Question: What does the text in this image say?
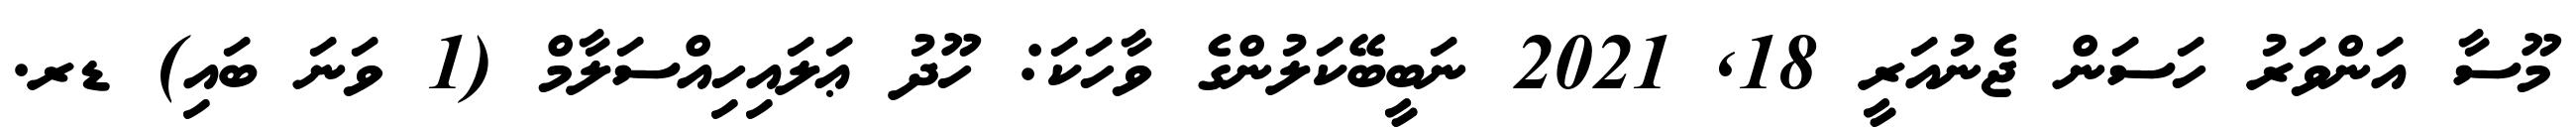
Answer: މޫސާ އަންވަރު ހަސަން ޖެނުއަރީ 18, 2021 ނަބީބޭކަލުންގެ ވާހަކަ: ހޫދު ޢަލައިހިއްސަލާމް (1 ވަނަ ބައި) ޑރ.